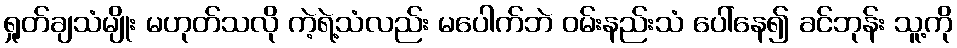
ရှုတ်ချသံမျိုး မဟုတ်သလို ကဲ့ရဲ့သံလည်း မပေါက်ဘဲ ဝမ်းနည်းသံ ပေါ်နေ၍ ခင်ဘုန်း သူ့ကို